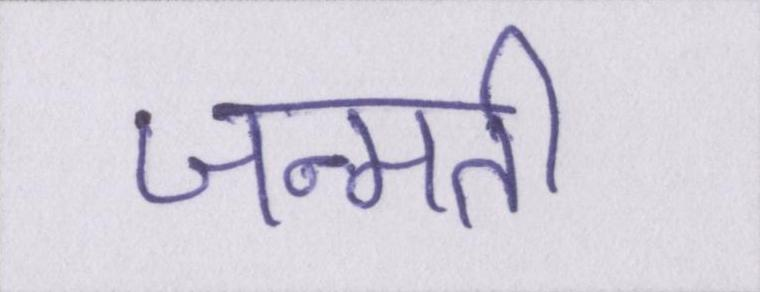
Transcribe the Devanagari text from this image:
जन्मती